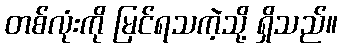
တစ်လုံးကို မြင်ရသကဲ့သို့ ရှိသည်။